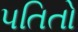
પતિતો